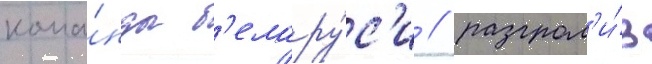
кома́нды б'елару́с'и / разгром'и́в